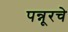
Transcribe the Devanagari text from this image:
पन्नूरचे